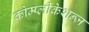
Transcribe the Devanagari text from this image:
कोम्प्लीकेशन्ज़